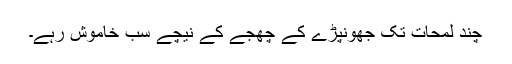
چند لمحات تک جھونپڑے کے چھجے کے نیچے سب خاموش رہے۔